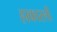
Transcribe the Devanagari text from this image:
हाकारली